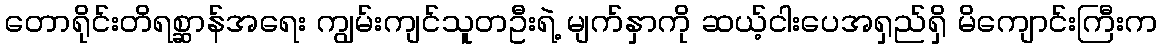
တောရိုင်းတိရစ္ဆာန်အရေး ကျွမ်းကျင်သူတဦးရဲ့ မျက်နှာကို ဆယ့်ငါးပေအရှည်ရှိ မိကျောင်းကြီးက